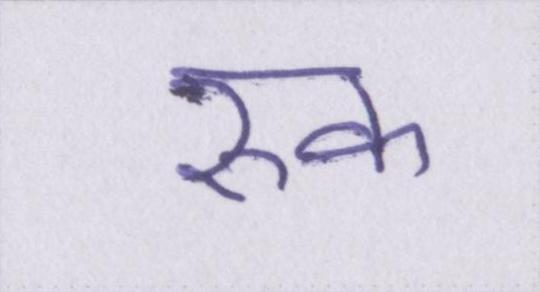
रुक